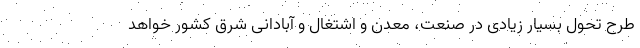
طرح تحول بسیار زیادی در صنعت، معدن و اشتغال و آبادانی شرق کشور خواهد